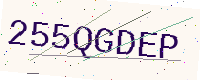
Text: 255QGDEP